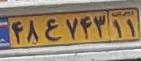
۴۸ع۷۴۳۱۱